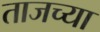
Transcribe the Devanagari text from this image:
ताजच्या